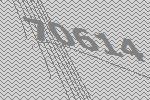
70614